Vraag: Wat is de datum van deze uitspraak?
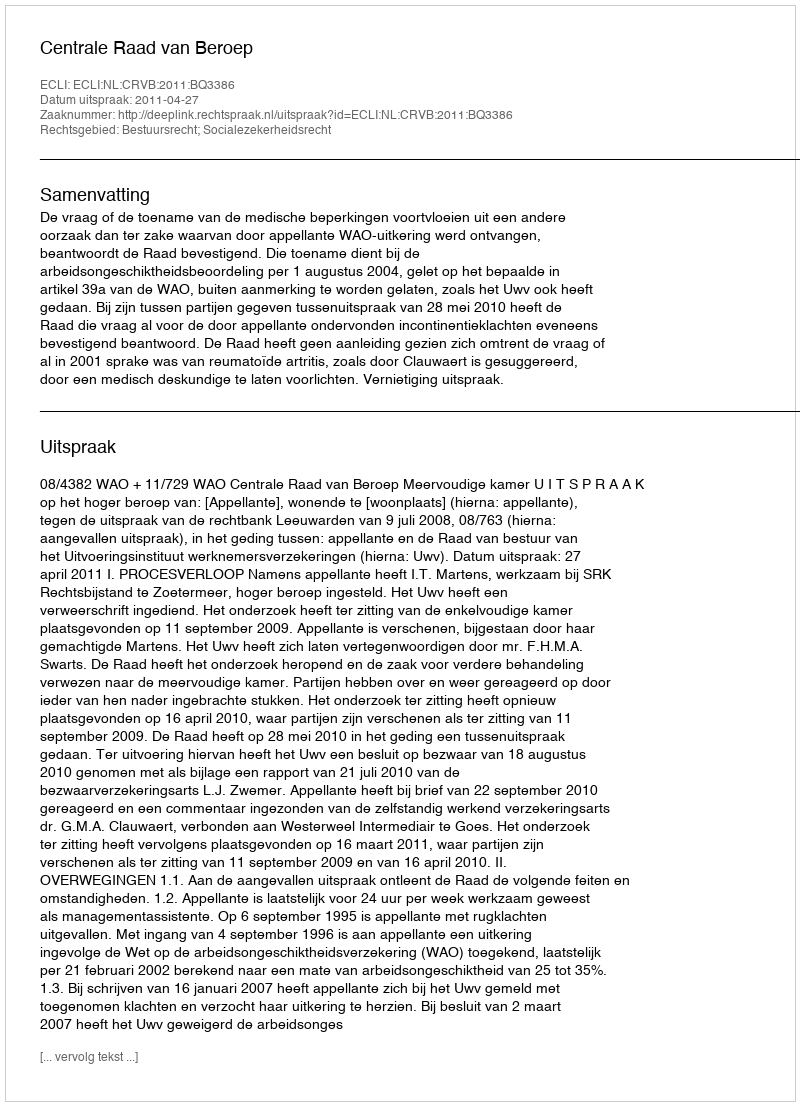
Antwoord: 2011-04-27